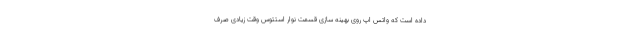
داده است که واتس اپ روی بهینه سازی قسمت نوار استتوس وقت زیادی صرف